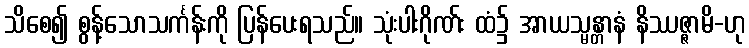
သိစေ၍ စွန့်သောသင်္ကန်းကို ပြန်ပေးရသည်။ သုံးပါးဂိုဏ်း ထံ၌ အာယသ္မန္တာနံ နိဿဇ္ဇာမိ-ဟု